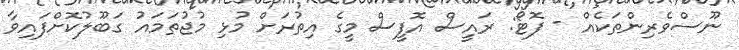
ނޫސްވެރިންތަކެއް - ފޮޓޯ: ރައީސް އޮފީސް މީގެ އިތުރަށް މުޅި މުޖުތަމައު ގަބޫލުކޮށްފައިވާ